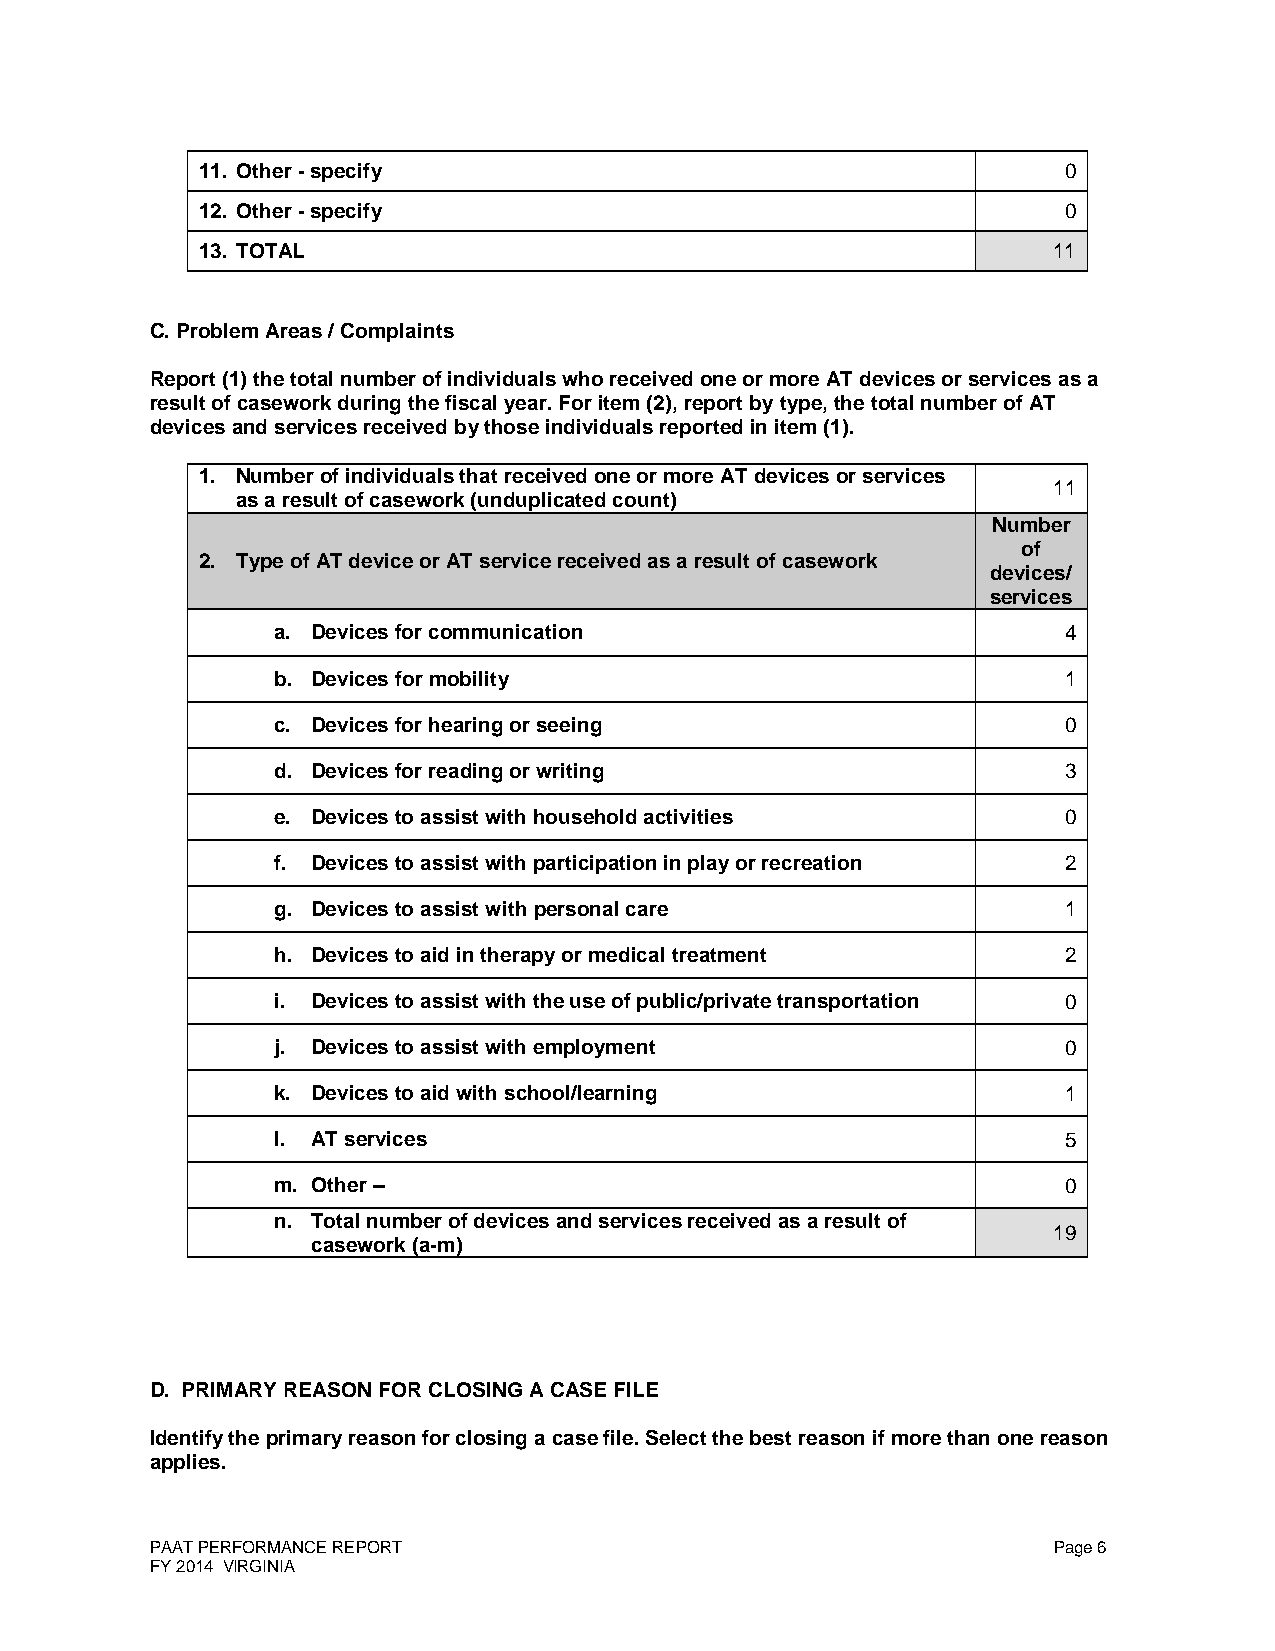
11. Other - specify                                      0
 12. Other - specify                                      0
 13. TOTAL                                                11
 C. Problem Areas / Complaints
 Report (1) the total number of individuals who received one or more AT devices or services as a
 result of casework during the fiscal year. For item (2), report by type, the total number of AT
 devices and services received by those individuals reported in item (1).
 1. Number of individuals that received one or more AT devices or services
 11
 as a result of casework (unduplicated count)
 Number
 of
 2. Type of AT device or AT service received as a result of casework
 devices/
 services
 a. Devices for communication                         4
 b. Devices for mobility                              1
 c. Devices for hearing or seeing                     0
 d. Devices for reading or writing                    3
 e. Devices to assist with household activities       0
 f. Devices to assist with participation in play or recreation 2
 g. Devices to assist with personal care              1
 h. Devices to aid in therapy or medical treatment    2
 i. Devices to assist with the use of public/private transportation 0
 j. Devices to assist with employment                 0
 k. Devices to aid with school/learning               1
 l. AT services                                       5
 m. Other –                                           0
 n. Total number of devices and services received as a result of
 19
 casework (a-m)
 D. PRIMARY REASON FOR CLOSING A CASE FILE
 Identify the primary reason for closing a case file. Select the best reason if more than one reason
 applies.
 PAAT PERFORMANCE REPORT                                     Page 6
 FY 2014 VIRGINIA